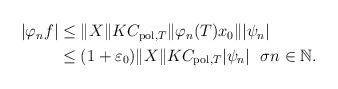
LaTeX: \begin{align*}\begin{aligned}|\varphi_n f| & \leq\|X\|KC_{{\rm pol}, T}\|\varphi_n(T) x_0\||\psi_n| \\ &\leq(1+\varepsilon_0)\|X\|KC_{{\rm pol}, T}|\psi_n| \ \ \sigma n\in\mathbb N.\end{aligned}\end{align*}